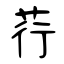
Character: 荇